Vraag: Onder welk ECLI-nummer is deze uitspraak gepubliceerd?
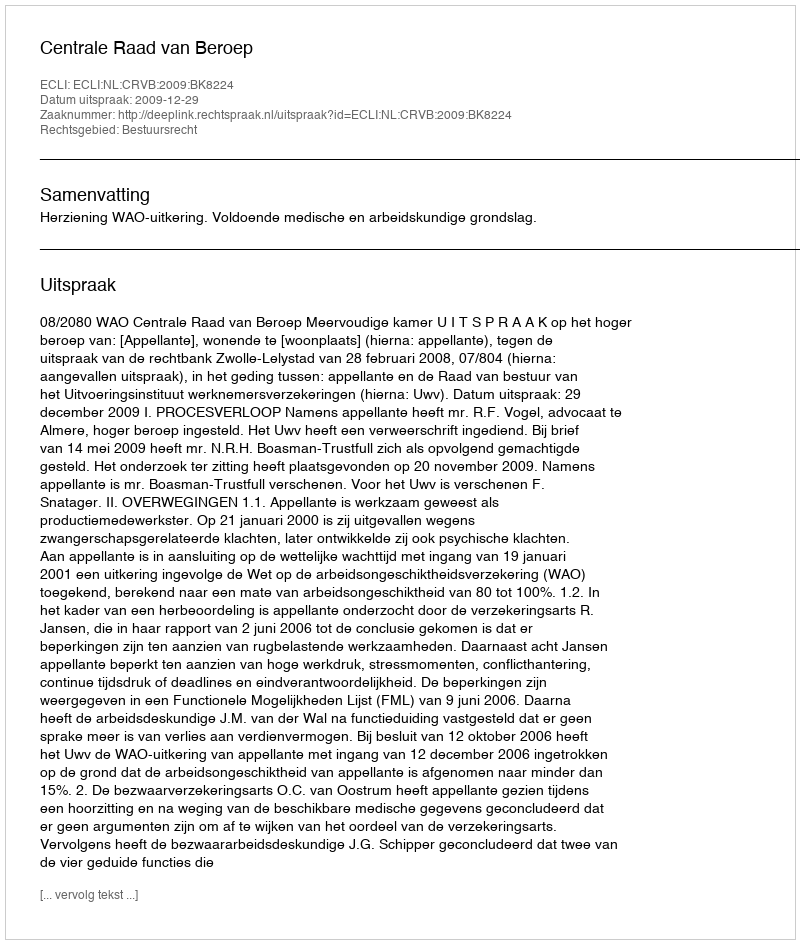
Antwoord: ECLI:NL:CRVB:2009:BK8224